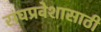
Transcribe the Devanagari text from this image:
संघप्रवेशासाठी